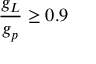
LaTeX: { \frac { g _ { L } } { g _ { p } } } \geq 0 . 9